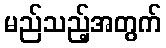
မည်သည့်အတွက်